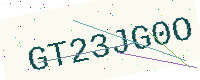
Text: GT23JG0O